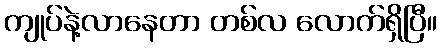
ကျုပ်နဲ့လာနေတာ တစ်လ လောက်ရှိပြီ။